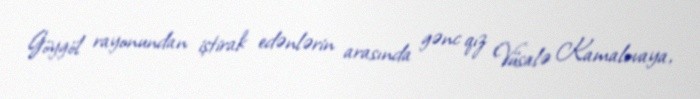
Göygöl rayonundan iştirak edənlərin arasında gənc qız Vüsalə Kamalovaya,